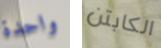
واحدة الكابتن